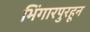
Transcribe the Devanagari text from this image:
भिंगारपुरहून